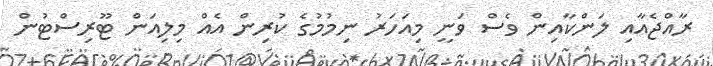
ރާއްޖެއާއި ލަންކާއިން ވެސް ވަނީ މިއަހަރު ނިމުމުގެ ކުރިން އެއް މިލިއަން ޓޫރިސްޓުން